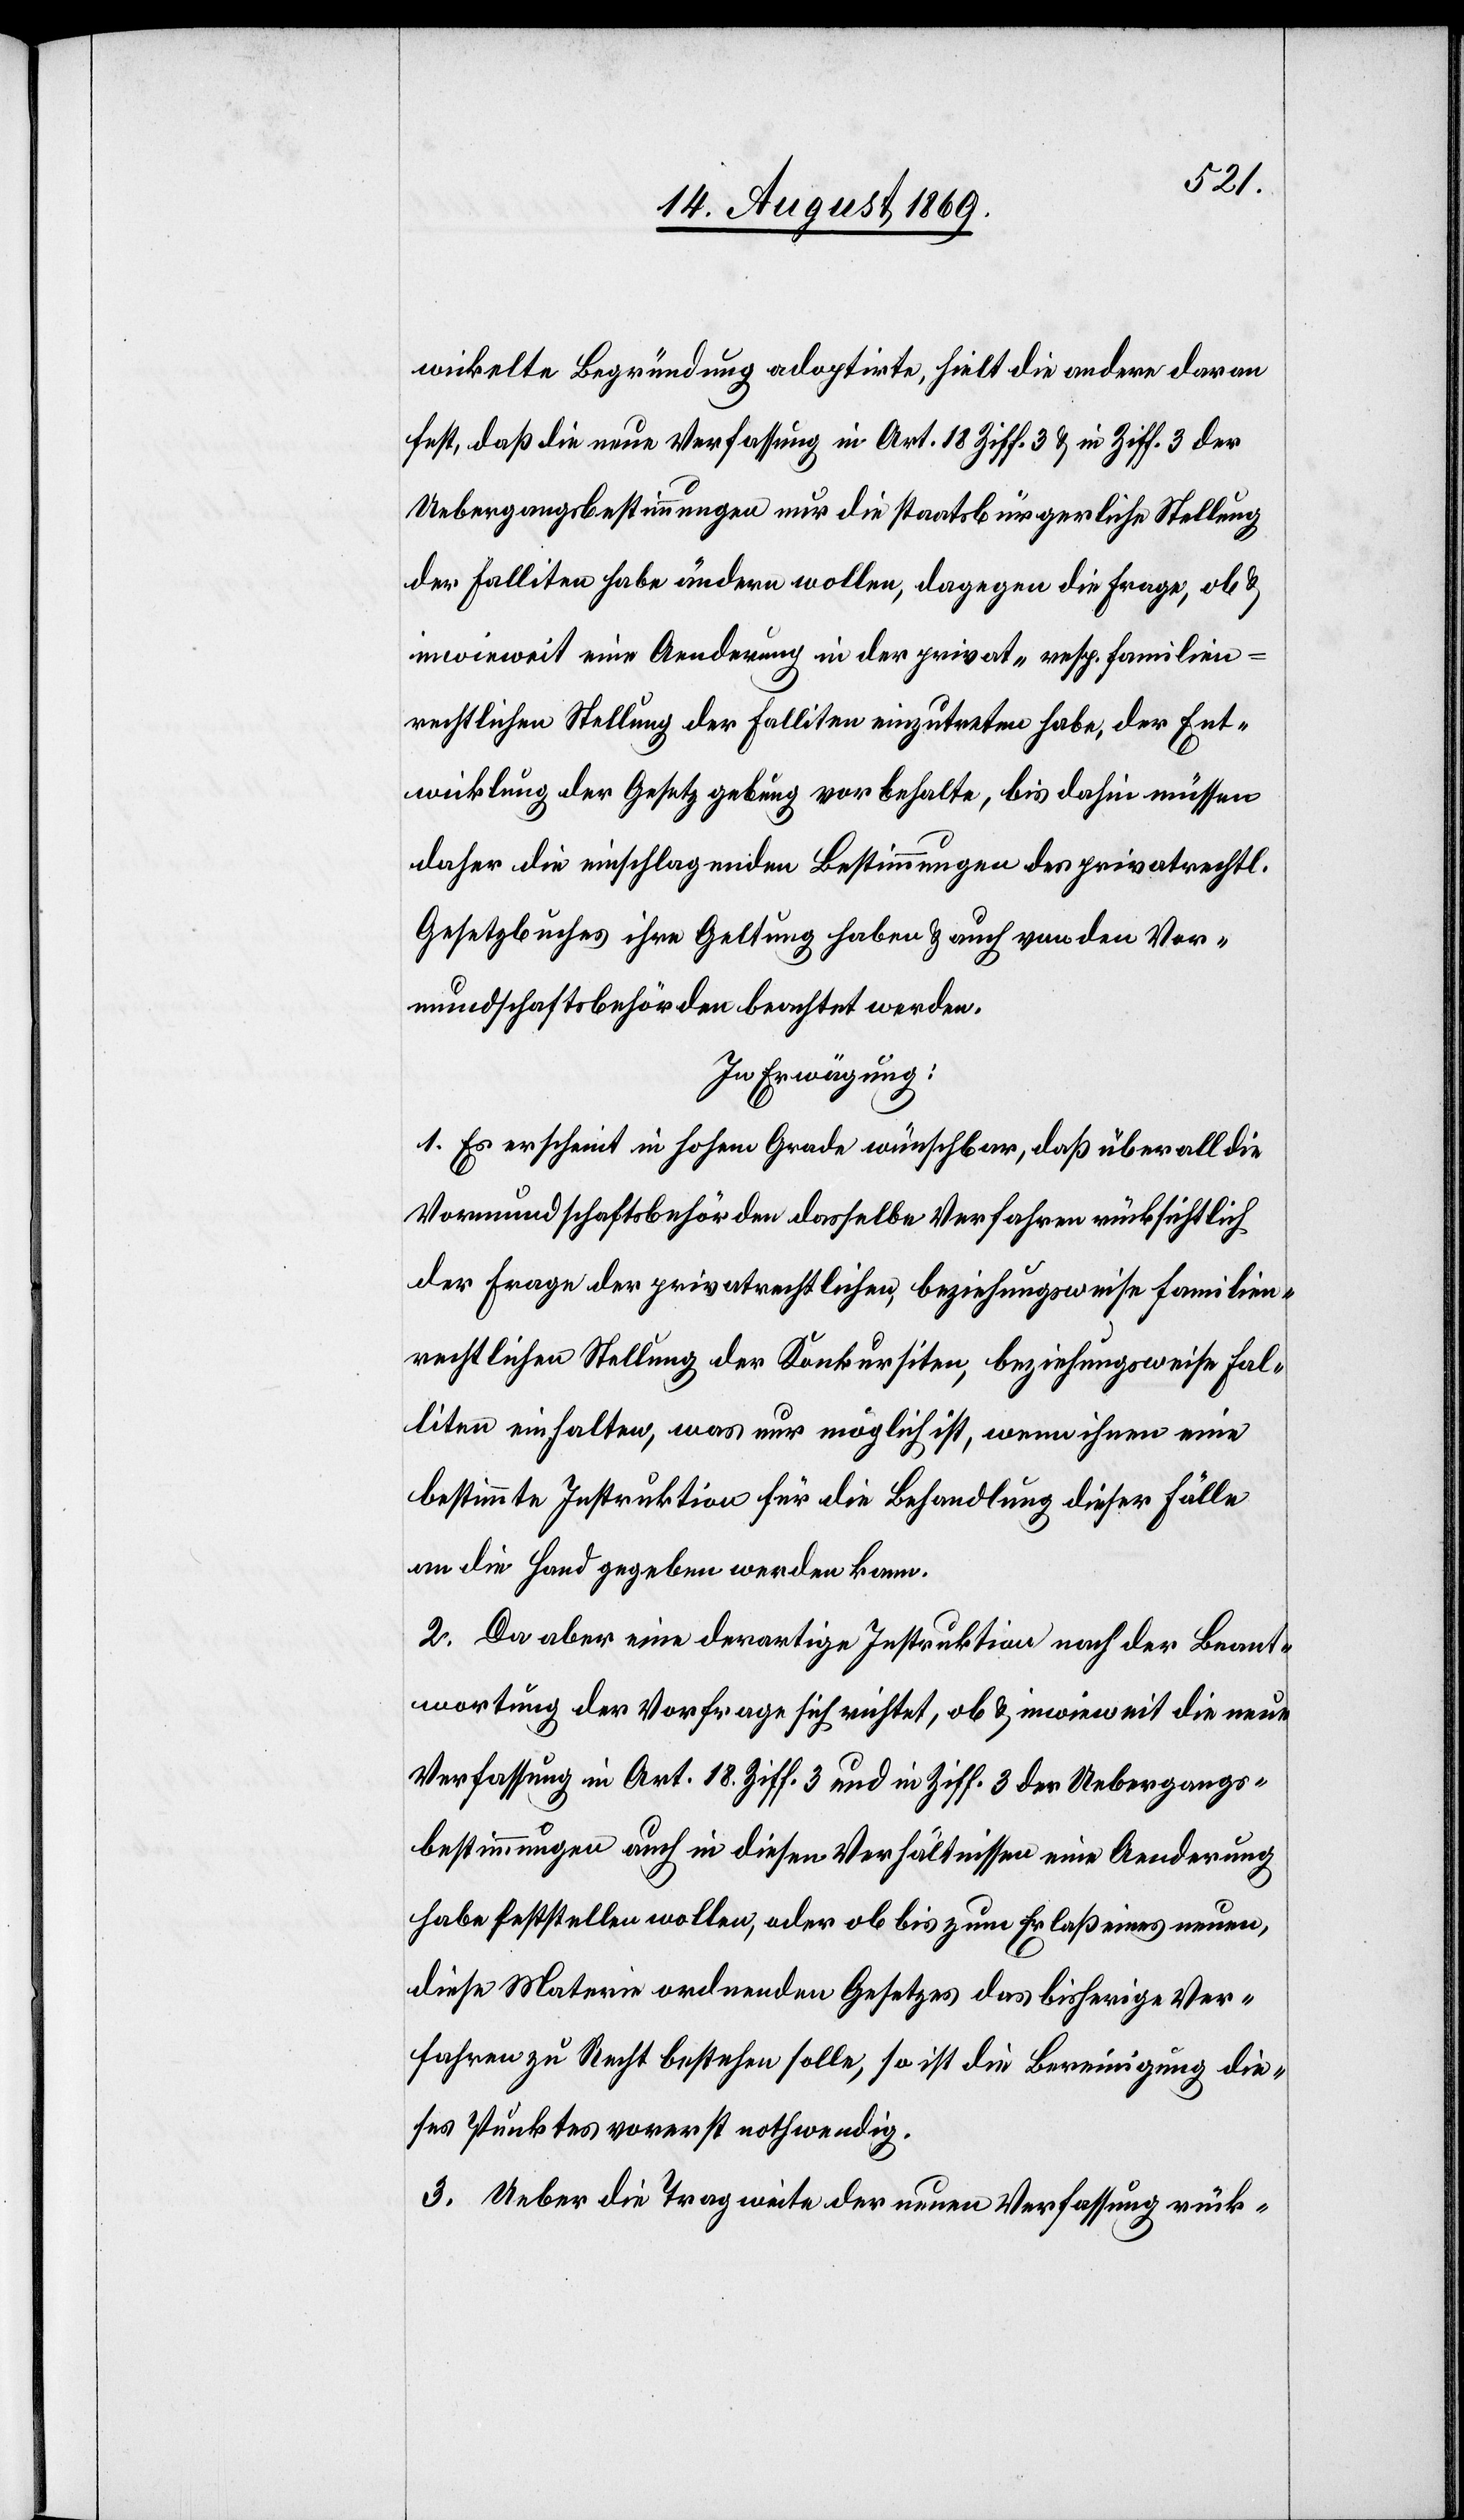
wickelte Begründung adoptirte, hielt die andere daran
fest, daß die neue Verfassung in Art. 18 Ziff. 3 & in Ziff. 3 der
Uebergangsbestimmungen nur die staatsbürgerliche Stellung
der Falliten habe ändern wollen, dagegen die Frage, ob &
inwieweit eine Aenderung in der privat- resp. familien¬
rechtlichen Stellung der Falliten einzutreten habe, der Ent¬
wicklung der Gesetzgebung vorbehalte, bis dahin müssen
daher die einschlagenden Bestimmungen des privatrechtl.
Gesetzbuches ihre Geltung haben & auch von den Vor¬
mundschaftsbehörden beachtet werden.
In Erwägung:
1. Es erscheint in hohem Grade wünschbar, daß überall die
Vormundschaftsbehörden dasselbe Verfahren rücksichtlich
der Frage der privatrechtlichen, beziehungsweise familien¬
rechtlichen Stellung der Konkursiten, beziehungsweise Fal¬
liten einhalten, was nur möglich ist, wenn ihnen eine
bestimmte Instruktion für die Behandlung dieser Fälle
an die Hand gegeben werden kann.
2. Da aber eine derartige Instruktion nach der Beant¬
wortung der Vorfrage sich richtet, ob & inwieweit die neue
Verfassung in Art. 18 Ziff. 3 und in Ziff. 3 der Uebergangs¬
bestimmungen auch in diesen Verhältnissen eine Aenderung
habe feststellen wollen, oder ob bis zum Erlaß eines neuen,
diese Materie ordnenden Gesetzes das bisherige Ver¬
fahren zu Recht bestehen solle, so ist die Bereinigung die¬
ses Punktes vorerst nothwendig.
3. Ueber die Tragweite der neuen Verfassung rück-